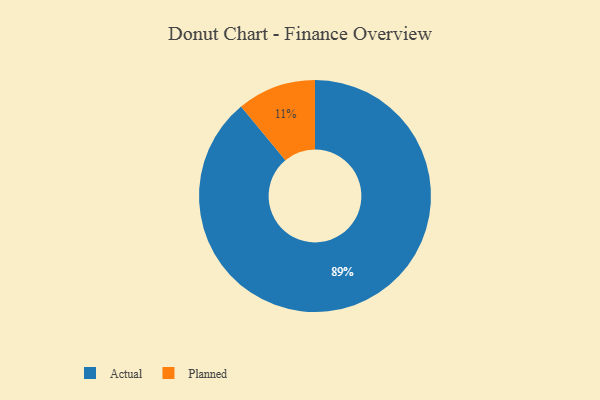
{"axis": {"x": "Category", "y": "Percentage"}, "legend": ["Actual", "Planned"], "data": [{"x": "Planned", "y": 11, "type": "Planned"}, {"x": "Actual", "y": 89, "type": "Actual"}]}